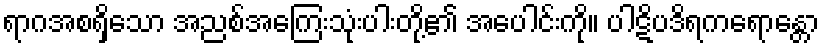
ရာဂအစရှိသော အညစ်အကြေးသုံးပါးတို့၏ အပေါင်းကို။ ပါဋိပဒိရကရောန္တော